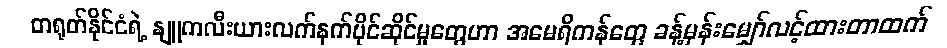
တရုတ်နိုင်ငံရဲ့ နျူကလီးယားလက်နက်ပိုင်ဆိုင်မှုတွေဟာ အမေရိကန်တွေ ခန့်မှန်းမျှော်လင့်ထားတာထက်